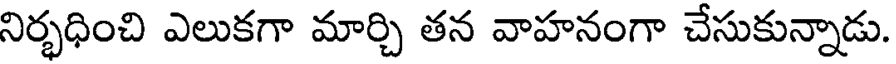
నిర్భధించి ఎలుకగా మార్చి తన వాహనంగా చేసుకున్నాడు.